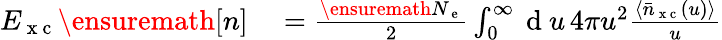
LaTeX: \begin{array}{rl}{E_{\mathrm{~x~c~}}\ensuremath{[n]}}&{{}=\frac{\ensuremath{N_{\mathrm{~e~}}}}{2}\int_{0}^{\infty}\mathrm{~d~}u\, 4\pi u^{2}\frac{\langle\bar{n}_{\mathrm{~x~c~}}(u)\rangle}{u}}\end{array}